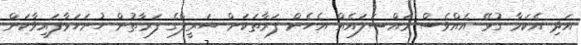
އަދި އެކަމާ ގުޅޭ އެއްވެސް މައްސަލައެއް އެހެން ފަރާތަކަށް ޝަރީފްގެ ފަރާތުން ހުށަހަޅާފައިވާކަން